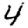
Digit: 4